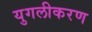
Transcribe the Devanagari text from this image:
युगलीकरण